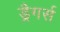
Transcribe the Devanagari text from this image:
ड्रैगर्स